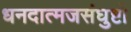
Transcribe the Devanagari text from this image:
धनदात्मजसंघुष्टो